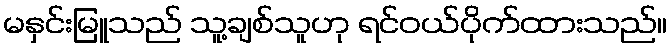
မနှင်းမြူသည် သူ့ချစ်သူဟု ရင်ဝယ်ပိုက်ထားသည်။